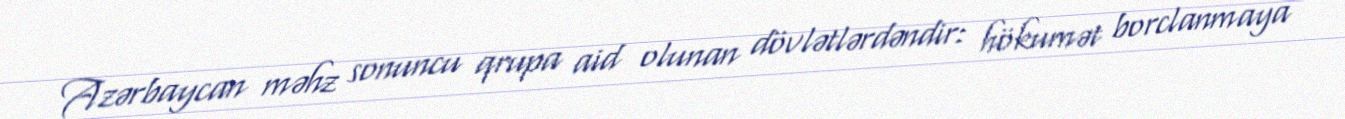
Azərbaycan məhz sonuncu qrupa aid olunan dövlətlərdəndir: hökumət borclanmaya